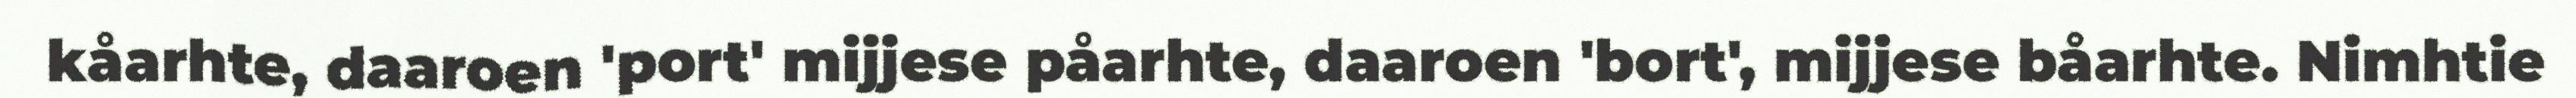
kåarhte, daaroen 'port' mijjese påarhte, daaroen 'bort', mijjese båarhte. Nimhtie